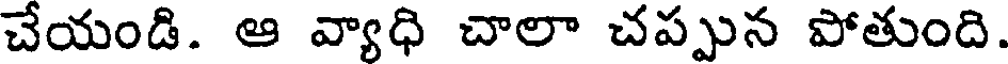
చేయండి. ఆ వ్యాధి చాలా చప్పున పోతుంది.